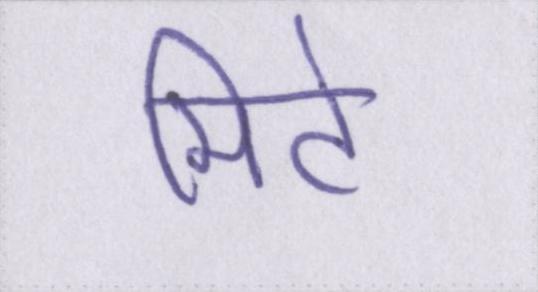
मिटे